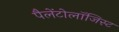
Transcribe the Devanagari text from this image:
पैलेंटोलॉजिस्ट